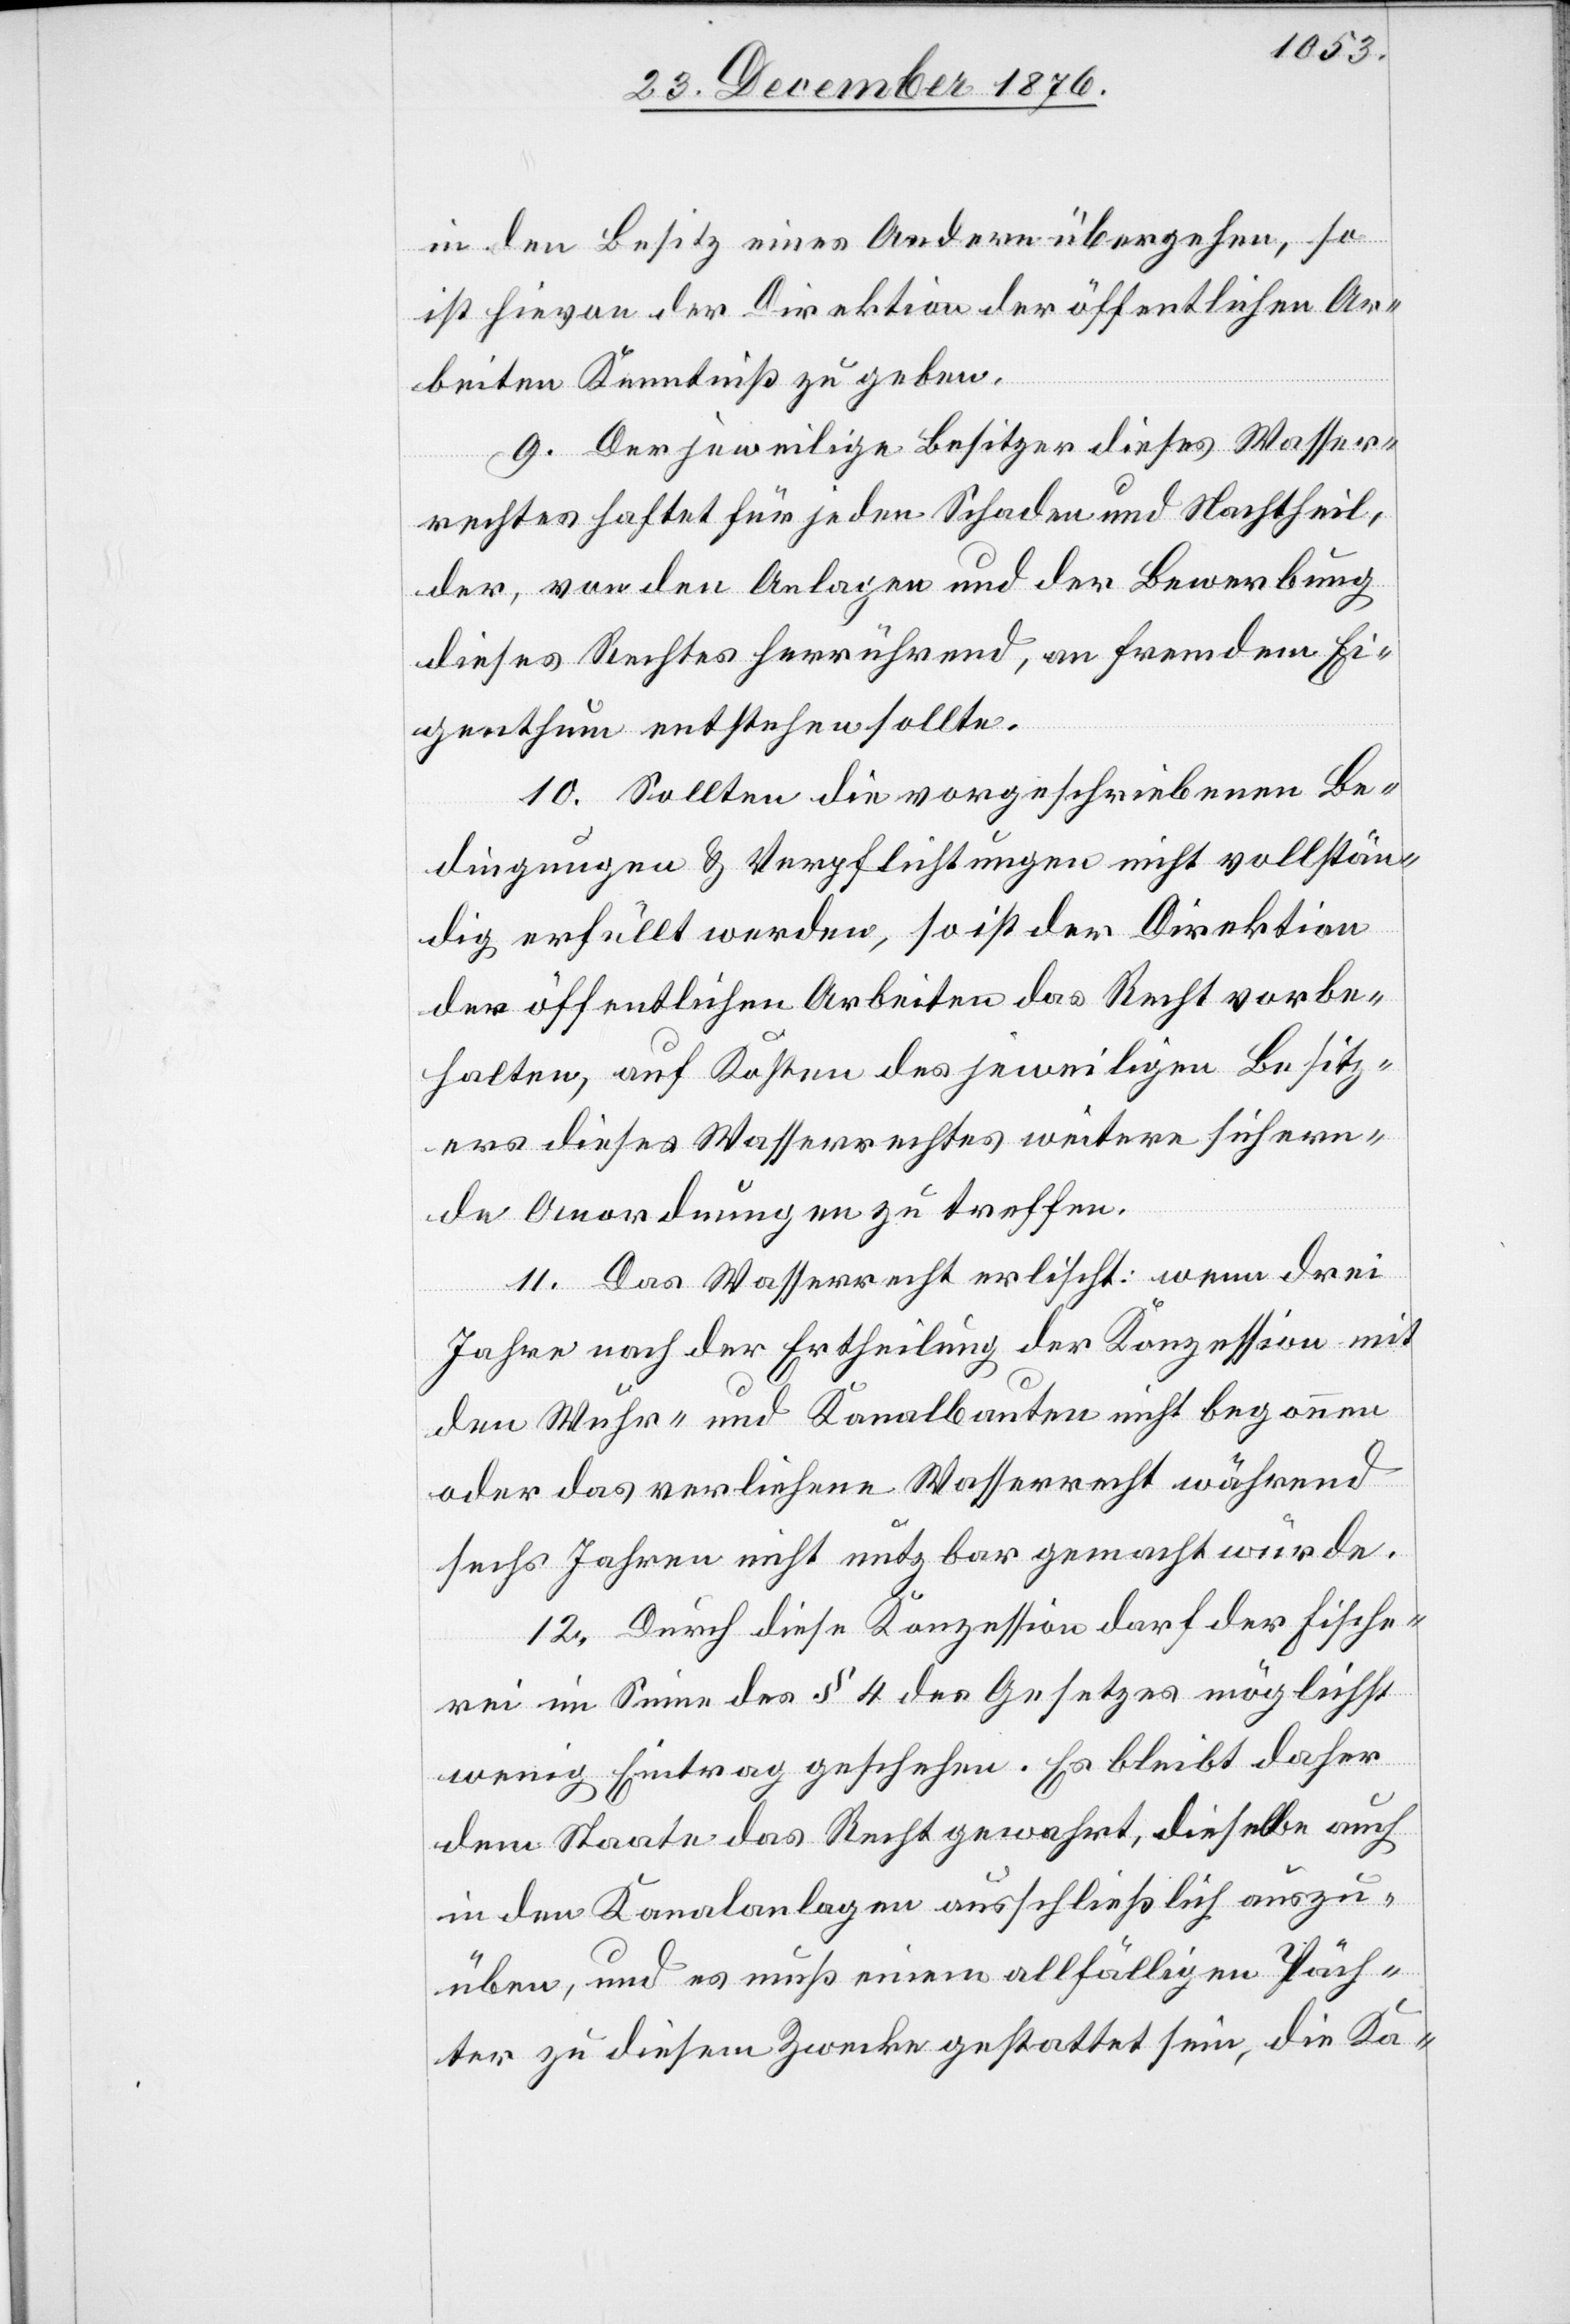
in den Besitz eines Andern übergehen, so
ist hievon der Direktion der öffentlichen Ar¬
beiten Kenntniß zu geben.
9. Der jeweilige Besitzer dieses Wasser¬
rechtes haftet für jeden Schaden und Nachtheil,
der, von den Anlagen und der Bewerbung
dieses Rechtes herrührend, an fremdem Ei¬
genthum entstehen sollte.
10. Sollten die vorgeschriebenen Be¬
dingungen & Verpflichtungen nicht vollstän¬
dig erfüllt werden, so ist der Direktion
der öffentlichen Arbeiten das Recht vorbe¬
halten, auf Kosten des jeweiligen Besitz¬
ers dieses Wasserrechtes weitere sichern¬
de Anordnungen zu treffen.
11. Das Wasserrecht erlischt: wenn drei
Jahre nach der Ertheilung der Konzession mit
den Wuhr- und Kanalbauten nicht begonnen
oder das verliehene Wasserrecht während
sechs Jahren nicht nutzbar gemacht würde.
12. Durch diese Konzession darf der Fische¬
rei im Sinne des § 4 des Gesetzes möglichst
wenig Eintrag geschehen. Es bleibt daher
dem Staate das Recht gewahrt, dieselbe auch
in den Kanalanlagen ausschließlich auszu¬
üben, und es muß einem allfälligen Päch¬
ter zu diesem Zwecke gestattet sein, die Ka-